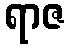
ရာဇ